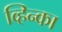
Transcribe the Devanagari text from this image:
व्हिन्का